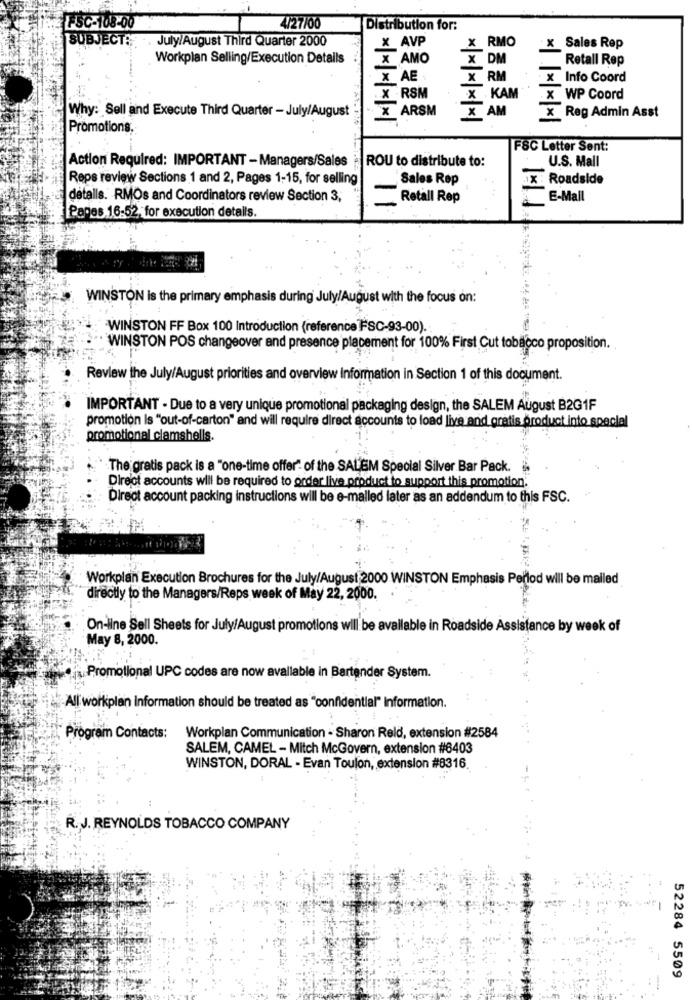
FSC-108-00
4/27/00
Distribution for:
SUBJECT:
X AVP
X_RMO
. July/August Third Quarter 2000
Sales Rep
Workplan Selling/Execution Details
X AMO
X DM
Retall Rep
X AE
X RM
x Info Coord
X RSM
X KAM
.x WP Coord
Why: Sell and Execute Third Quarter - July/August
TARSM
× × × ×|>
X AM
X Reg Admin Asst
*| ***
Promotions.
FSC Letter Sent:
Action Required: IMPORTANT - Managers/Sales
ROU to distribute to:
U.S. Mall
Reps review Sections 1 and 2, Pages 1-15, for selling
Sales Rep
Roadside
detalls. RMOs and Coordinators review Section 3,
Retall Rep
E-Mail
Pages 16:52, for execution detalls.
WINSTON is the primary emphasis during July/August with the focus on:
WINSTON FF Box 100 Introduction (reference FSC-93-00).
WINSTON POS changeover and presence placement for 100% First Cut tobacco proposition.
Review the July/August priorities and overview Information in Section 1 of this document.
IMPORTANT - Due to a very unique promotional packaging design, the SALEM August B2G1F
promotion is "out-of-carton" and will require direct accounts to load live and gratis product into special
promotional clamshells.
The gratis pack is a "one-time offer" of the SALEM Special Silver Bar Pack.
Direct accounts will be required to order live product to support this promotion.
Direct account packing instructions will be e-mailed later as an addendum to this FSC.
Workplan Execution Brochures for the July/August 2000 WINSTON Emphasis Perlod will be mailed
directly to the Managers/Reps week of May 22, 2000.
On-line Sell Sheets for July/August promotions will be available in Roadside Assistance by week of
May 8, 2000.
Promotional UPC codes are now avallable in Bartender System.
All workplan Information should be treated as "confidential" Information.
Program Contacts:
Workplan Communication - Sharon Reld, extension #2584
SALEM, CAMEL - Mitch McGovern, extension #8403
WINSTON, DORAL - Evan Toulon, extension #8316
R.J. REYNOLDS TOBACCO COMPANY
52284 5509